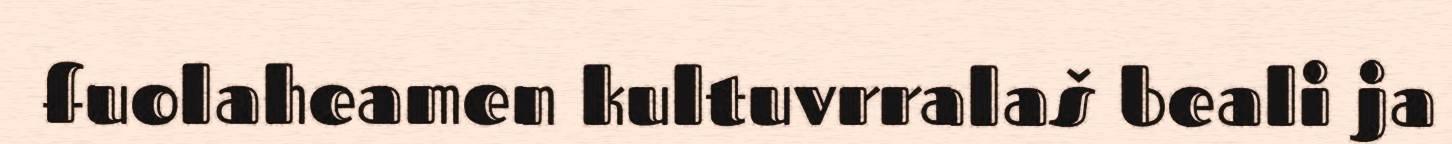
fuolaheamen kultuvrralaš beali ja